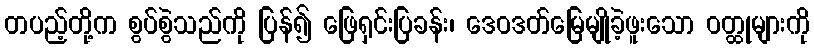
တပည့်တို့က စွပ်စွဲသည်ကို ပြန်၍ ဖြေရှင်းပြခန်း၊ ဒေဝဒတ်မြေမျိုခဲ့ဖူးသော ဝတ္ထုများကို